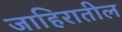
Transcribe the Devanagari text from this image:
जाहिरातील